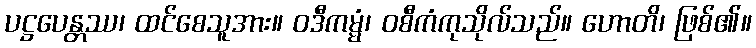
ပဋ္ဌပေန္တဿ၊ ထင်စေသူအား။ ဝဒီကမ္မံ၊ ဝစီကံကုသိုလ်သည်။ ဟောတိ၊ ဖြစ်၏။